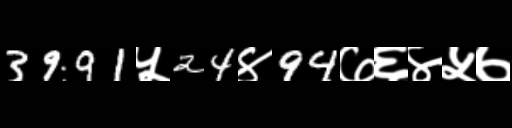
Text: 3991५24४94७६४५७